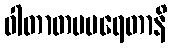
ဝါတာတပပရေတာနိ